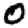
Digit: 0